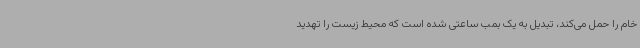
خام را حمل می‌کند، تبدیل به یک بمب ساعتی شده است که محیط زیست را تهدید